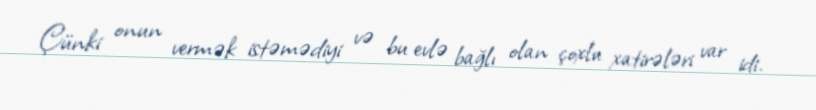
Çünki onun vermək istəmədiyi və bu evlə bağlı olan çoxlu xatirələri var idi.